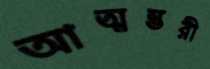
আত্মম্ভরী